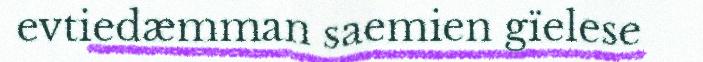
evtiedæmman saemien gïelese